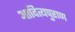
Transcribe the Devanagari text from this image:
आदित्यपुराण